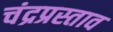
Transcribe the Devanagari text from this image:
चंद्रप्रस्ताव